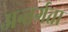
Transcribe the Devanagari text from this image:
अन्तर्गता